Problem: 9 × 4 = ?
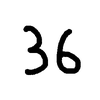
Handwritten answer: 36